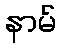
နာမ်